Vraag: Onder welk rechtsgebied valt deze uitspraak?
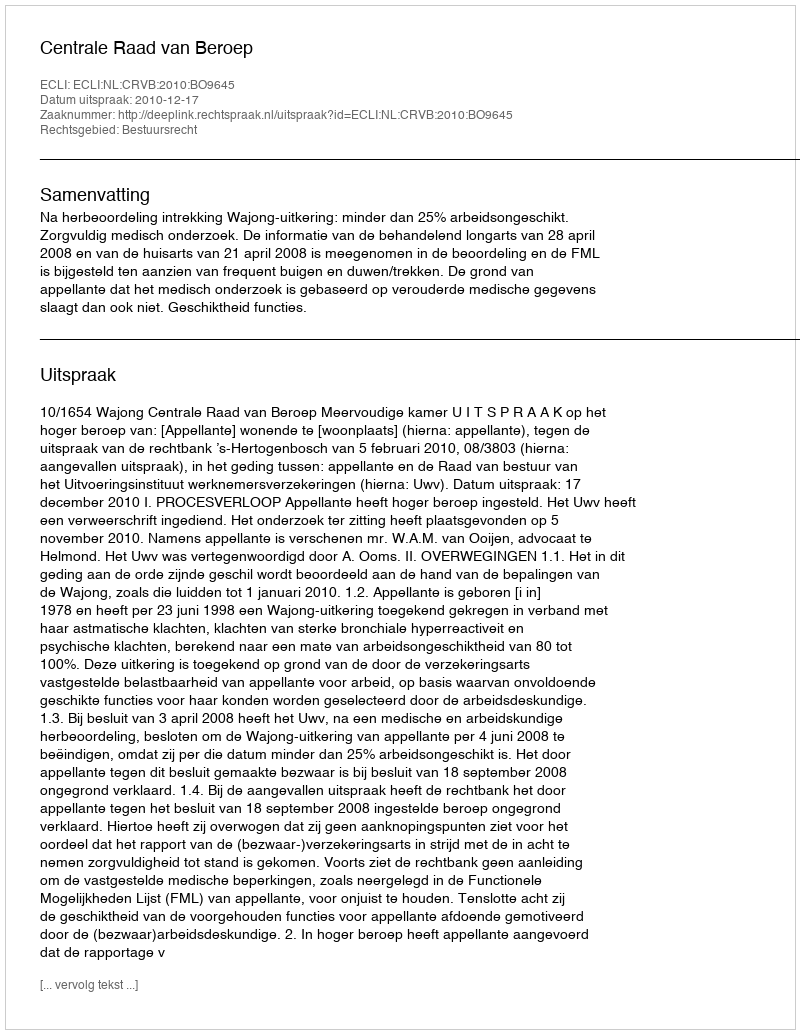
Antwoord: Bestuursrecht